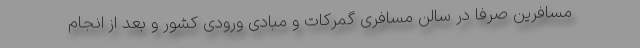
مسافرین صرفا در سالن مسافری گمرکات و مبادی ورودی کشور و بعد از انجام